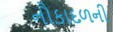
નૌકાદળની